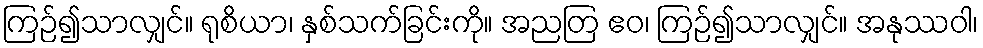
ကြဉ်၍သာလျှင်။ ရုစိယာ၊ နှစ်သက်ခြင်းကို။ အညတြ ဧဝ၊ ကြဉ်၍သာလျှင်။ အနုဿဝါ၊